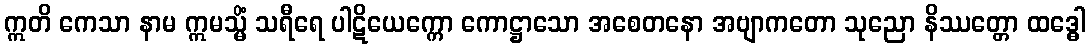
ဣတိ ကေသာ နာမ ဣမသ္မိံ သရီရေ ပါဋိယေက္ကော ကောဋ္ဌာသော အစေတနော အဗျာကတော သုညော နိဿတ္တော ထဒ္ဓေါ